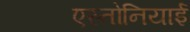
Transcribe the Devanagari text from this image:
एस्तोनियाई